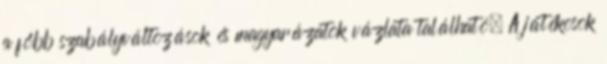
a főbb szabályváltozások és magyarázatok vázlata található. A játékosok